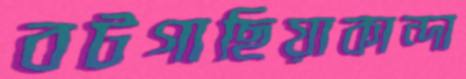
বটগাছিয়াকান্দা